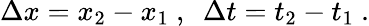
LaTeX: \Delta x=x_{2}-x_{1}\ ,\ \ \Delta t=t_{2}-t_{1}\ .